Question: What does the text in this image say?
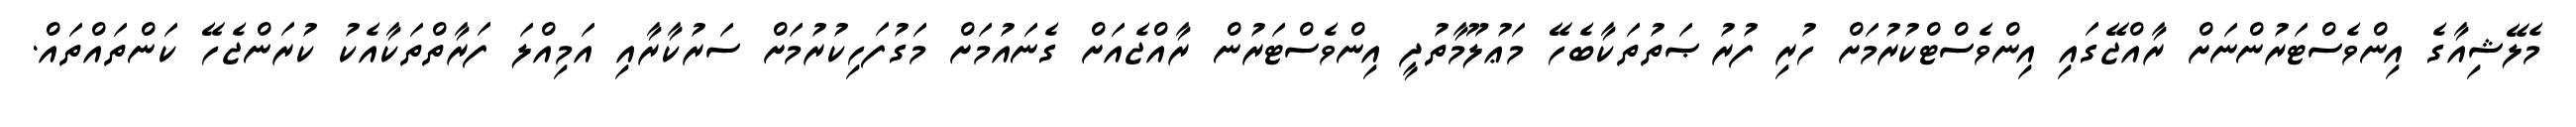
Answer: މެލޭޝިއާގެ އިންވެސްޓަރުންނަށް ރާއްޖޭގައި އިންވެސްޓްކުރުމަށް ހުރި ފުރުޞަތުތަކާބެހޭ މަޢުލޫމާތުދީ އިންވެސްޓަރުން ރާއްޖެއަށް ގެނައުމަށް މަގުފަހިކުރުމަށް ސަރުކާރާއި އަމިއްލަ ފަރާތްތަކާއެކު ކުރަންޖެހޭ ކަންތައްތައް.